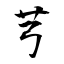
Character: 芎